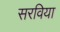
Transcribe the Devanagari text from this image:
सरविया